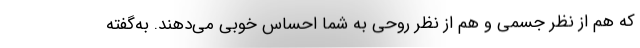
که هم از نظر جسمی و هم از نظر روحی به شما احساس خوبی می‌دهند. به‌گفته